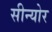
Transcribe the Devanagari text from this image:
सीन्योर